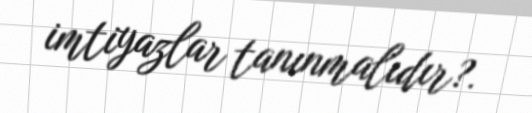
imtiyazlar tanınmalıdır?.